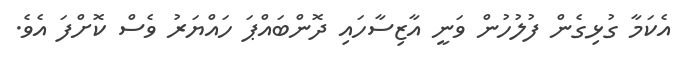
އެކަމާ ގުޅިގެން ފުލުހުން ވަނީ އާޒިސާހައި ދޮންބައްޕަ ހައްޔަރު ވެސް ކޮށްފަ އެވެ.